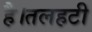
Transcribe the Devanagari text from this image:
है।तलहटी